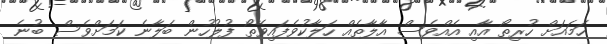
ހަމައަށް ހުރިތޯ އާއި އެއްވެސް އާލާތެއް ހަލާކުވެފައިވޭތޯ ފުލުހުން ބަލާނެ ކަމަށްވެސް ބުނެ